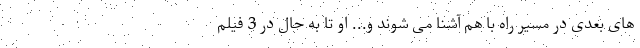
های بعدی در مسیر راه با هم آشنا می شوند و... او تا به حال در 3 فیلم